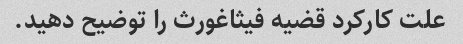
علت کارکرد قضیه فیثاغورث را توضیح دهید.